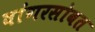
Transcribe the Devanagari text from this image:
बांगरसोबत